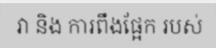
វា និង ការពឹងផ្អែក របស់